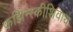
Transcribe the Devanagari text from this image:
कझिन्स्कीशिवाय